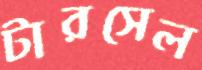
টারসেল